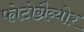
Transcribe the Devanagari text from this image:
फोटोग्रैव्योर